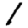
Digit: 1